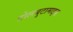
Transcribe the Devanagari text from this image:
टोलबुटामाइड